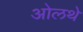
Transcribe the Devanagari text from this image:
ओलथे